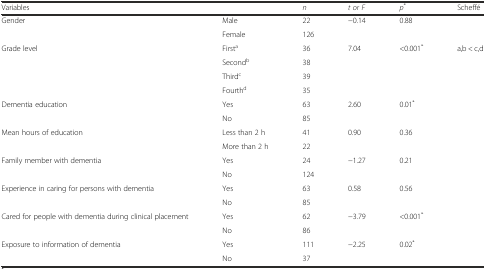
<table><thead><tr><td colspan="2"><b>Variables</b></td><td><b><i>n</i></b></td><td><b><i>t or F</i></b></td><td><b><i>p</i><sup>*</sup></b></td><td><b>Scheffé</b></td></tr></thead><tbody><tr><td rowspan="2">Gender</td><td>Male</td><td>22</td><td rowspan="2">−0.14</td><td rowspan="2">0.88</td><td rowspan="2"></td></tr><tr><td>Female</td><td>126</td></tr><tr><td rowspan="4">Grade level</td><td>First<sup>a</sup></td><td>36</td><td rowspan="4">7.04</td><td rowspan="4">&lt;0.001<sup>*</sup></td><td rowspan="4">a,b &lt; c,d</td></tr><tr><td>Second<sup>b</sup></td><td>38</td></tr><tr><td>Third<sup>c</sup></td><td>39</td></tr><tr><td>Fourth<sup>d</sup></td><td>35</td></tr><tr><td rowspan="2">Dementia education</td><td>Yes</td><td>63</td><td rowspan="2">2.60</td><td rowspan="2">0.01<sup>*</sup></td><td rowspan="2"></td></tr><tr><td>No</td><td>85</td></tr><tr><td rowspan="2">Mean hours of education</td><td>Less than 2 h</td><td>41</td><td rowspan="2">0.90</td><td rowspan="2">0.36</td><td rowspan="2"></td></tr><tr><td>More than 2 h</td><td>22</td></tr><tr><td rowspan="2">Family member with dementia</td><td>Yes</td><td>24</td><td rowspan="2">−1.27</td><td rowspan="2">0.21</td><td rowspan="2"></td></tr><tr><td>No</td><td>124</td></tr><tr><td rowspan="2">Experience in caring for persons with dementia</td><td>Yes</td><td>63</td><td rowspan="2">0.58</td><td rowspan="2">0.56</td><td rowspan="2"></td></tr><tr><td>No</td><td>85</td></tr><tr><td rowspan="2">Cared for people with dementia during clinical placement</td><td>Yes</td><td>62</td><td rowspan="2">−3.79</td><td rowspan="2">&lt;0.001<sup>*</sup></td><td rowspan="2"></td></tr><tr><td>No</td><td>86</td></tr><tr><td rowspan="2">Exposure to information of dementia</td><td>Yes</td><td>111</td><td rowspan="2">−2.25</td><td rowspan="2">0.02<sup>*</sup></td><td rowspan="2"></td></tr><tr><td>No</td><td>37</td></tr></tbody></table>